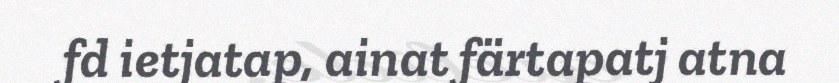
fd ietjatap, ainat färtapatj atna